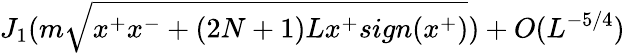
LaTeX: J_{1}(m\sqrt{x^{+}x^{-}+(2N+1)Lx^{+}sign(x^{+})})+O(L^{-5/4})